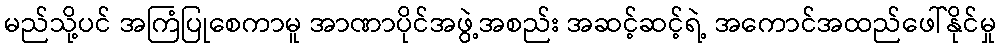
မည်သို့ပင် အကြံပြုစေကာမူ အာဏာပိုင်အဖွဲ့အစည်း အဆင့်ဆင့်ရဲ့ အကောင်အထည်ဖေါ်နိုင်မှု